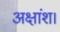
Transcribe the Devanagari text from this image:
अक्षांश।